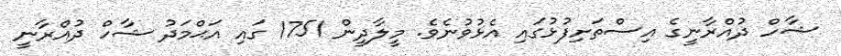
ޝާހް ދުއްރާނީގެ އިސްތަށިފުޅުގައި އެޅުވުނެވެ. މީލާދީން 1751 ގައި އަޙްމަދު ޝާހް ދުއްރާނީ